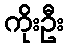
ကိုးဦး